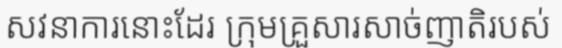
សវនាការនោះដែរ ក្រុមគ្រួសារសាច់ញាតិរបស់